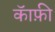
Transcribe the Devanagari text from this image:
कॅाफ़ी